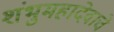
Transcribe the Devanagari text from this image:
शंभुमहादेवाचे